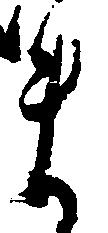
ま